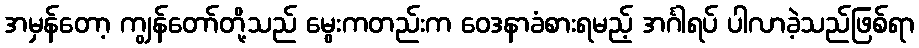
အမှန်တော့ ကျွန်တော်တို့သည် မွေးကတည်းက ဝေဒနာခံစားရမည့် အင်္ဂါရပ် ပါလာခဲ့သည်ဖြစ်ရာ